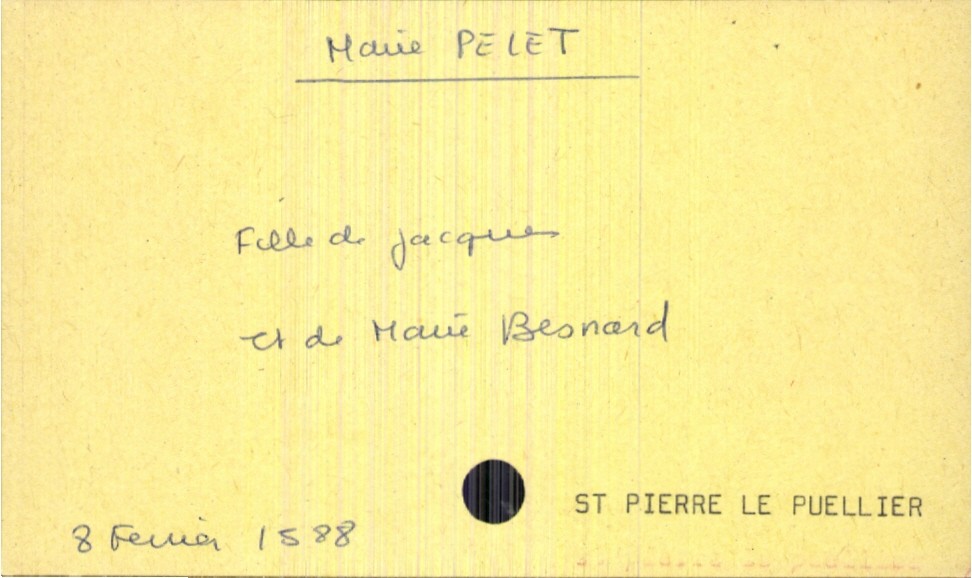
type_acte: Baptême
filiation: fille
enfant_prénom: Marie
enfant_date_de_naissance: 8 février 1588
enfant_lieu_de_naissance: Saint Pierre le Puellier
père_enfant_nom: Pelet
père_enfant_prénom: Jacques
mère_enfant_nom: Besnard
mère_enfant_prénom: Marie